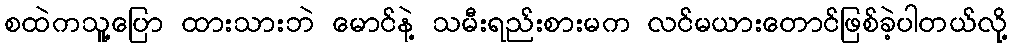
စထဲကသူ့ပြော ထားသားဘဲ မောင်နဲ့ သမီးရည်းစားမက လင်မယားတောင်ဖြစ်ခဲ့ပါတယ်လို့